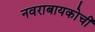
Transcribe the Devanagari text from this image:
नवराबायकोचीं